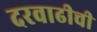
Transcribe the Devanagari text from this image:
दरवाढीची